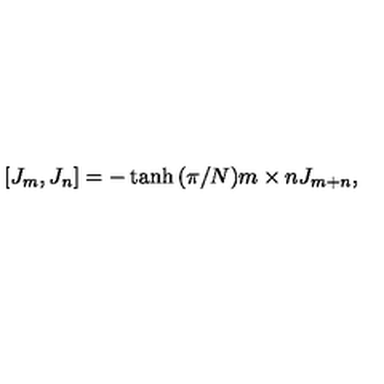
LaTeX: [ J _ { m } , J _ { n } ] = - \tanh { ( \pi / N ) m \times n } J _ { m + n } ,